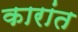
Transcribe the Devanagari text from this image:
कारांत